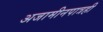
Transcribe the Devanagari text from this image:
अजामीनपात्रही